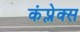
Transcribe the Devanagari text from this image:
कंप्लेक्स